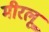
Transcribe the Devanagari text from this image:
मीरलू